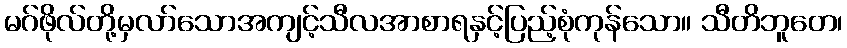
မဂ်ဖိုလ်တို့မှလာ်သောအကျင့်သီလအာစာရနှင့်ပြည့်စုံကုန်သော။ သီတိဘူတေ၊